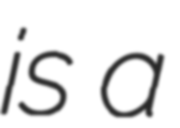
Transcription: is a